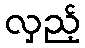
လှည့်